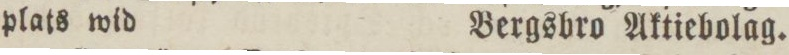
plats wid    Bergsbro Aktiebolag.